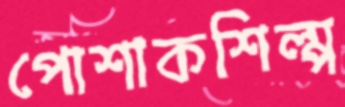
পোশাকশিল্প